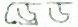
ড্রেড